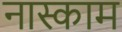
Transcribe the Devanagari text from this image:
नास्काम